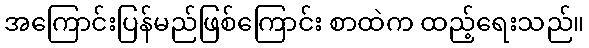
အကြောင်းပြန်မည်ဖြစ်ကြောင်း စာထဲက ထည့်ရေးသည်။